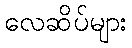
လေဆိပ်များ